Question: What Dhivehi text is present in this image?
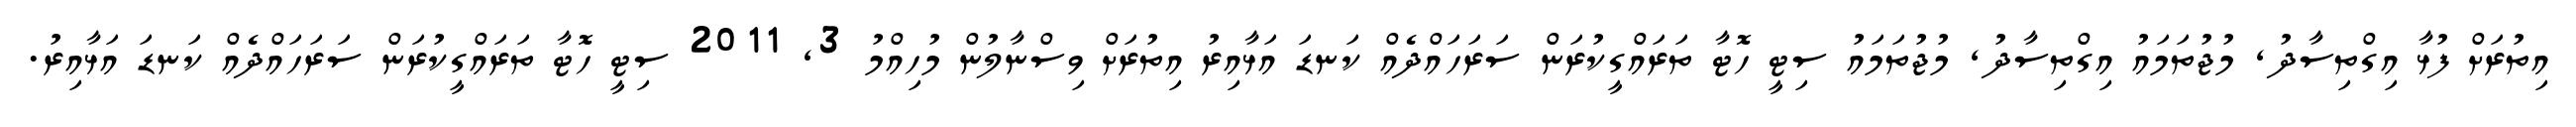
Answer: އިތުރަށް ފުޅާ އިގްތިސާދު, މުޖުތަމައު އިގްތިސާދު, މުޖުތަމައު ސިޓީ ހޮޓާ ތަރައްގީކުރަން ސަރަހައްދެއް ކަނޑަ އަޅާއިރު އިތުރަށް ވިސްނާލުން މުހިއްމު 3, 2011 ސިޓީ ހޮޓާ ތަރައްގީކުރަން ސަރަހައްދެއް ކަނޑަ އަޅާއިރު.